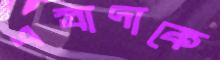
এস্ত্রাদাকে